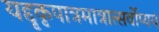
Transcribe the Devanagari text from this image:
यद्दृकृपात्रमात्रात्सर्वोप्ययं